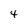
Character: 4